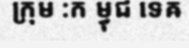
ក្រុម :ក ម្វុជ ទេឝ